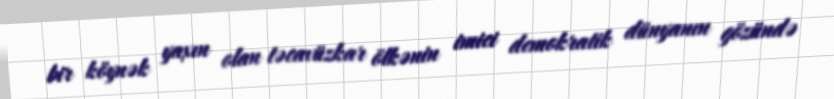
bir köynək yaxın olan təcavüzkar ölkənin imici demokratik dünyanın gözündə